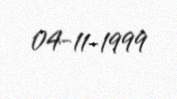
04-11-1999